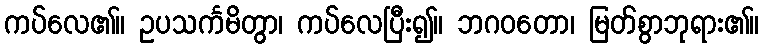
ကပ်လေ၏။ ဥပသင်္ကမိတွာ၊ ကပ်လေပြီး၍။ ဘဂဝတော၊ မြတ်စွာဘုရား၏။